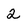
Character: 2